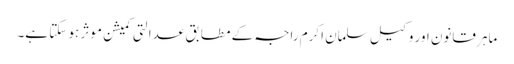
ماہرِ قانون اور وکیل سلمان اکرم راجہ کے مطابق عدالتی کمیشن موثر ہو سکتا ہے۔